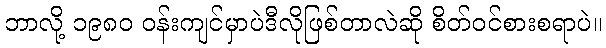
ဘာလို့ ၁၉၈၀ ဝန်းကျင်မှာပဲဒီလိုဖြစ်တာလဲဆို စိတ်ဝင်စားစရာပဲ။